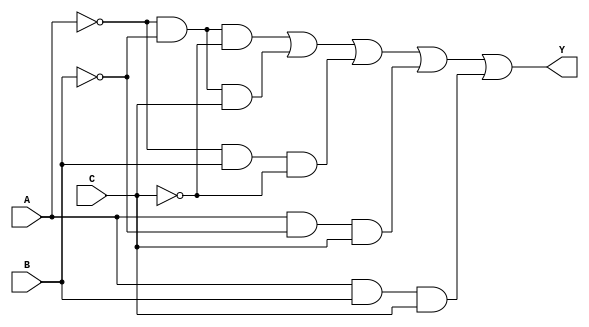
module kmap_3var (
    input wire A,    // Input variable A
    input wire B,    // Input variable B
    input wire C,    // Input variable C
    output wire Y    // Output Y
);

// K-map derived logic expression
// Assuming the K-map results in the following minterms being 1: 
// Minterms: m0, m1, m2, m5, m6 (which corresponds to A'B'C', A'B'C, A'BC', AB'C, ABC')
assign Y = (~A & ~B & ~C) | (~A & ~B & C) | (~A & B & ~C) | (A & ~B & C) | (A & B & C);

endmodule